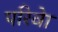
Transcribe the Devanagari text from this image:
परिवेा